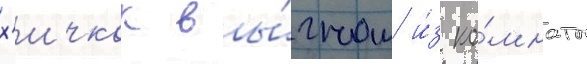
х'ичкок вы́гнал и́з ко́мнаты